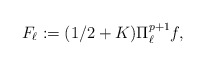
\begin{align*} F_\ell:=(1/2+K)\Pi_\ell^{p+1} f,\end{align*}